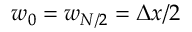
w _ { 0 } = w _ { N / 2 } = \Delta x / 2